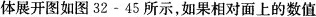
体展开图如图32-45所示，如果相对面上的数值